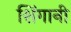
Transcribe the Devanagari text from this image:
शिंगानी